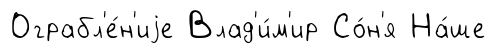
Ограбл'е́н'иjе Влад'и́м'ир Со́н'я На́ше